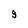
Character: g